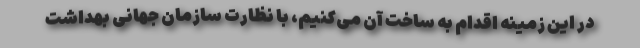
در این زمینه اقدام به ساخت آن می‌کنیم، با نظارت سازمان جهانی بهداشت